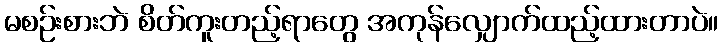
မစဉ်းစားဘဲ စိတ်ကူးတည့်ရာတွေ အကုန်လျှောက်ထည့်ထားတာပဲ။